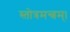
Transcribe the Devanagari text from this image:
स्तोत्रमन्त्रम्।